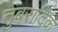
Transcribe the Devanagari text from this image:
तुंबरादिक